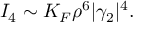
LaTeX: I _ { 4 } \sim K _ { F } \rho ^ { 6 } | \gamma _ { 2 } | ^ { 4 } .